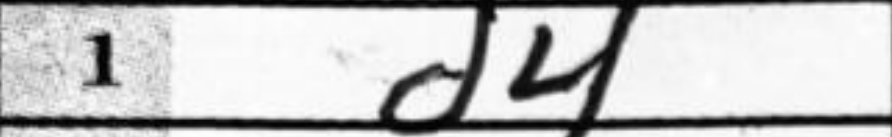
Transcription: d4